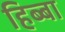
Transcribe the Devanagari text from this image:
हिब्बा